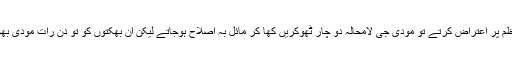
یہ اندھے بھکت نہ ہوتے اور وزیر اعظم پر اعتراض کرتے تو مودی جی لامحالہ دو چار ٹھوکریں کھا کر مائل بہ اصلاح ہوجاتے لیکن ان بھکتوں کو تو دن رات مودی بھجن کے سوا کچھ سجھائی ہی نہیں دیتا۔